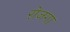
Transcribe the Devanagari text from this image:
रोजगा